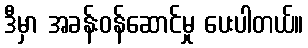
ဒီမှာ အခန်းဝန်ဆောင်မှု ပေးပါတယ်။